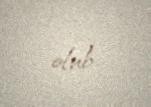
olub.